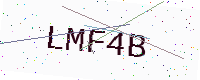
Text: LMF4B